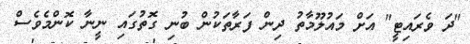
"ދަ ވެރައިޓީ" އަށް މައުލޫމާތު ދިން ފަރާތަކުން ބުނި ގޮތުގައި ނީނާ ކޮންމެވެސް